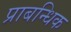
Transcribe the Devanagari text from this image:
प्राबन्धिक